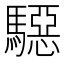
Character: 𱄲